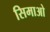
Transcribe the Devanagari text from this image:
सिमाओ